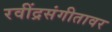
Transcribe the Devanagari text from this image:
रवींद्रसंगीतावर